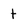
Character: t